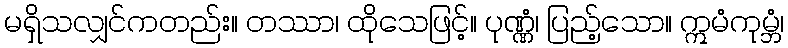
မရှိသလျှင်ကတည်း။ တဿာ၊ ထိုသေဖြင့်။ ပုဏ္ဏံ၊ ပြည့်သော။ ဣမံကုမ္ဘံ၊